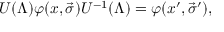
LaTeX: U ( \Lambda ) \varphi ( x , \vec { \sigma } ) U ^ { - 1 } ( \Lambda ) = \varphi ( x ^ { \prime } , \vec { \sigma } ^ { \prime } ) ,